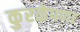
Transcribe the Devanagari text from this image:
कुरळेपणा